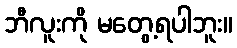
ဘီလူးကို မတွေ့ရပါဘူး။